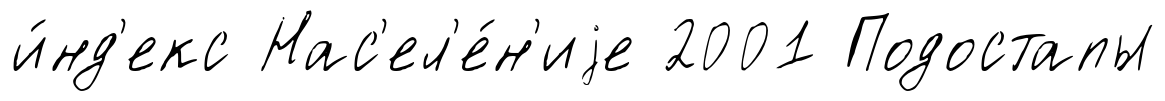
и́нд'екс Нас'ел'е́н'иjе 2001 Подостапы